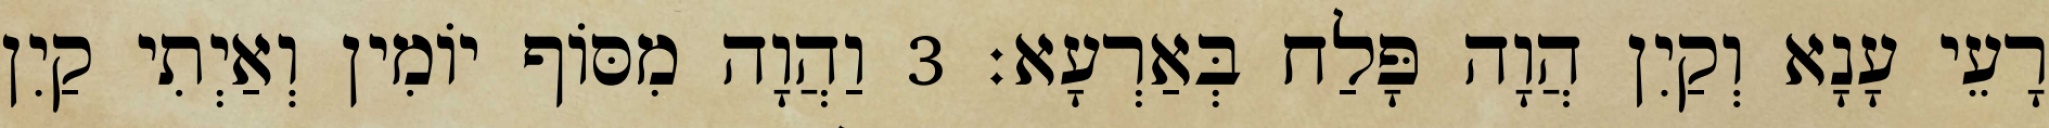
רָעֵי עָנָא וְקַיִן הֲוָה פָּלַח בְּאַרְעָא׃ 3 וַהֲוָה מִסּוֹף יוֹמִין וְאַיְתִי קַיִן